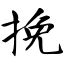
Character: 挽